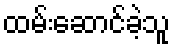
ထမ်းဆောင်ခဲ့သူ